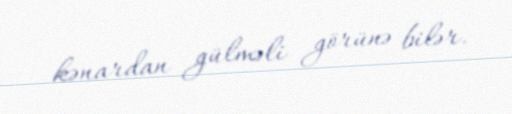
kənardan gülməli görünə bilər.